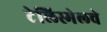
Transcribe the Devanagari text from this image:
टेलिस्मेलचे